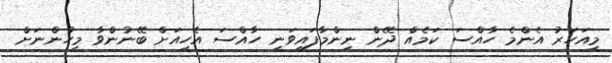
މިއަހަރު އެންމެ ހާއްސަ ކަމެއް ދޭން ނިންމާފައިވަނީ ހާއްސަ އެހީއަށް ބޭނުންވާ މީހުންނަށް